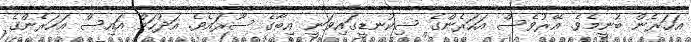
އަހަރެން ބުނީމެވެ. އޭރުވެސް އަހަރެންގެ ސިކުނޑީގައިވަނީ އިބާގެ ސޫރައެެވެ. އަދުހަމް އައިސް އަހަރެންގެ